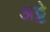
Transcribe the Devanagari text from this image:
अट्टे